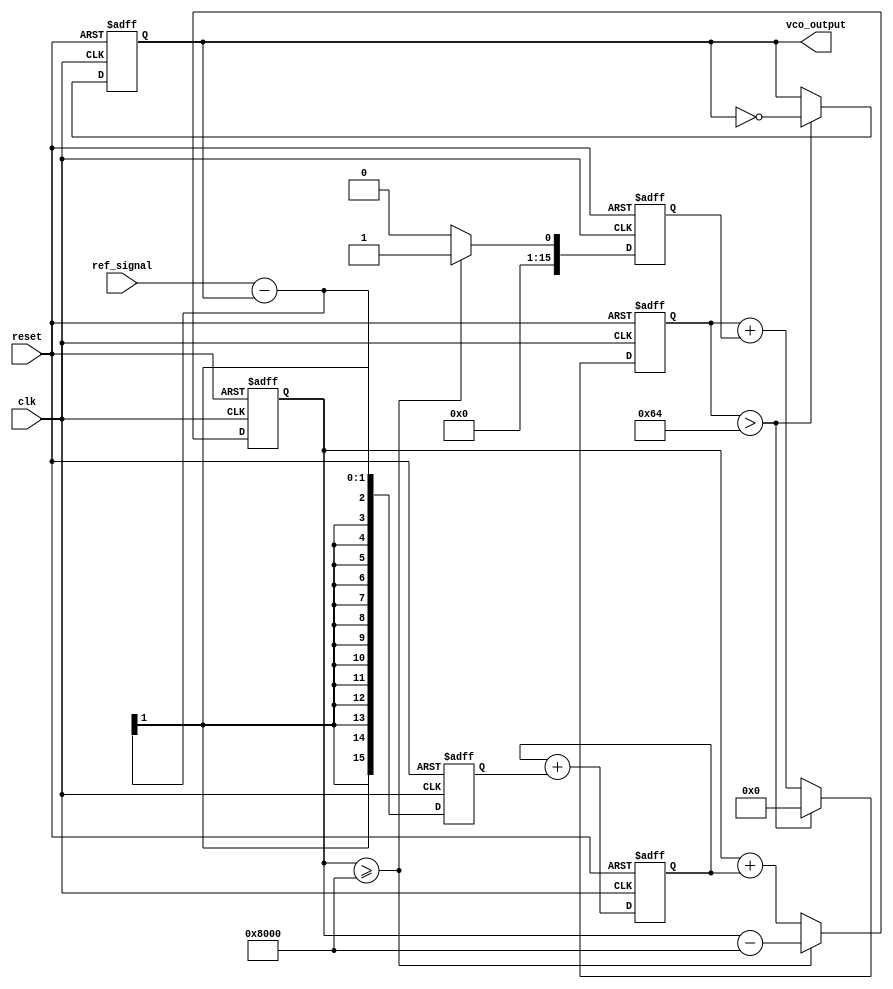
module sigma_delta_pll (
    input wire clk,               // System clock
    input wire reset,             // Asynchronous reset
    input wire ref_signal,        // Reference input signal
    output reg vco_output         // Output of the VCO
);

// Parameters
parameter N = 16;                // Bit width for the sigma-delta modulator
parameter LOOP_FILTER_ORDER = 2; // Order of the loop filter
parameter VCO_MAX_FREQUENCY = 100; // Max frequency for VCO

// Internal signals
reg [N-1:0] phase_error;        // Phase error from phase detector
reg [N-1:0] loop_filter_output; // Output of the loop filter
reg [N-1:0] sigma_delta_output; // Output of the sigma-delta modulator
reg [N-1:0] vco_control;        // Control signal for VCO

// Phase Detector
always @(posedge clk or posedge reset) begin
    if (reset) begin
        phase_error <= 0;
    end else begin
        // Simple phase detector logic (can be improved)
        phase_error <= ref_signal - vco_output; // Phase difference
    end
end

// Loop Filter (Simple 1st order low-pass filter)
always @(posedge clk or posedge reset) begin
    if (reset) begin
        loop_filter_output <= 0;
    end else begin
        loop_filter_output <= loop_filter_output + phase_error; // Integrate phase error
    end
end

// Sigma-Delta Modulator
reg [N-1:0] integrator; // Integrator for sigma-delta modulator
always @(posedge clk or posedge reset) begin
    if (reset) begin
        integrator <= 0;
        sigma_delta_output <= 0;
    end else begin
        integrator <= integrator + loop_filter_output; // Integrate loop filter output
        // 1-bit quantizer
        if (integrator >= (1 << (N-1))) begin
            sigma_delta_output <= 1; // Output high
            integrator <= integrator - (1 << (N-1)); // Feedback
        end else begin
            sigma_delta_output <= 0; // Output low
        end
    end
end

// Voltage-Controlled Oscillator (VCO)
always @(posedge clk or posedge reset) begin
    if (reset) begin
        vco_output <= 0;
        vco_control <= 0;
    end else begin
        // Simple VCO model
        vco_control <= vco_control + sigma_delta_output; // Update control signal
        if (vco_control > VCO_MAX_FREQUENCY) begin
            vco_output <= ~vco_output; // Toggle output frequency
            vco_control <= 0; // Reset control
        end
    end
end

endmodule